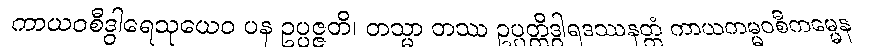
ကာယဝစီဒွါရေသုယေဝ ပန ဥပ္ပဇ္ဇတိ၊ တသ္မာ တဿ ဥပ္ပတ္တိဒွါရဒဿနတ္ထံ ကာယကမ္မဝစီကမ္မေန